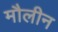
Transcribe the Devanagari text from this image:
मौलीन